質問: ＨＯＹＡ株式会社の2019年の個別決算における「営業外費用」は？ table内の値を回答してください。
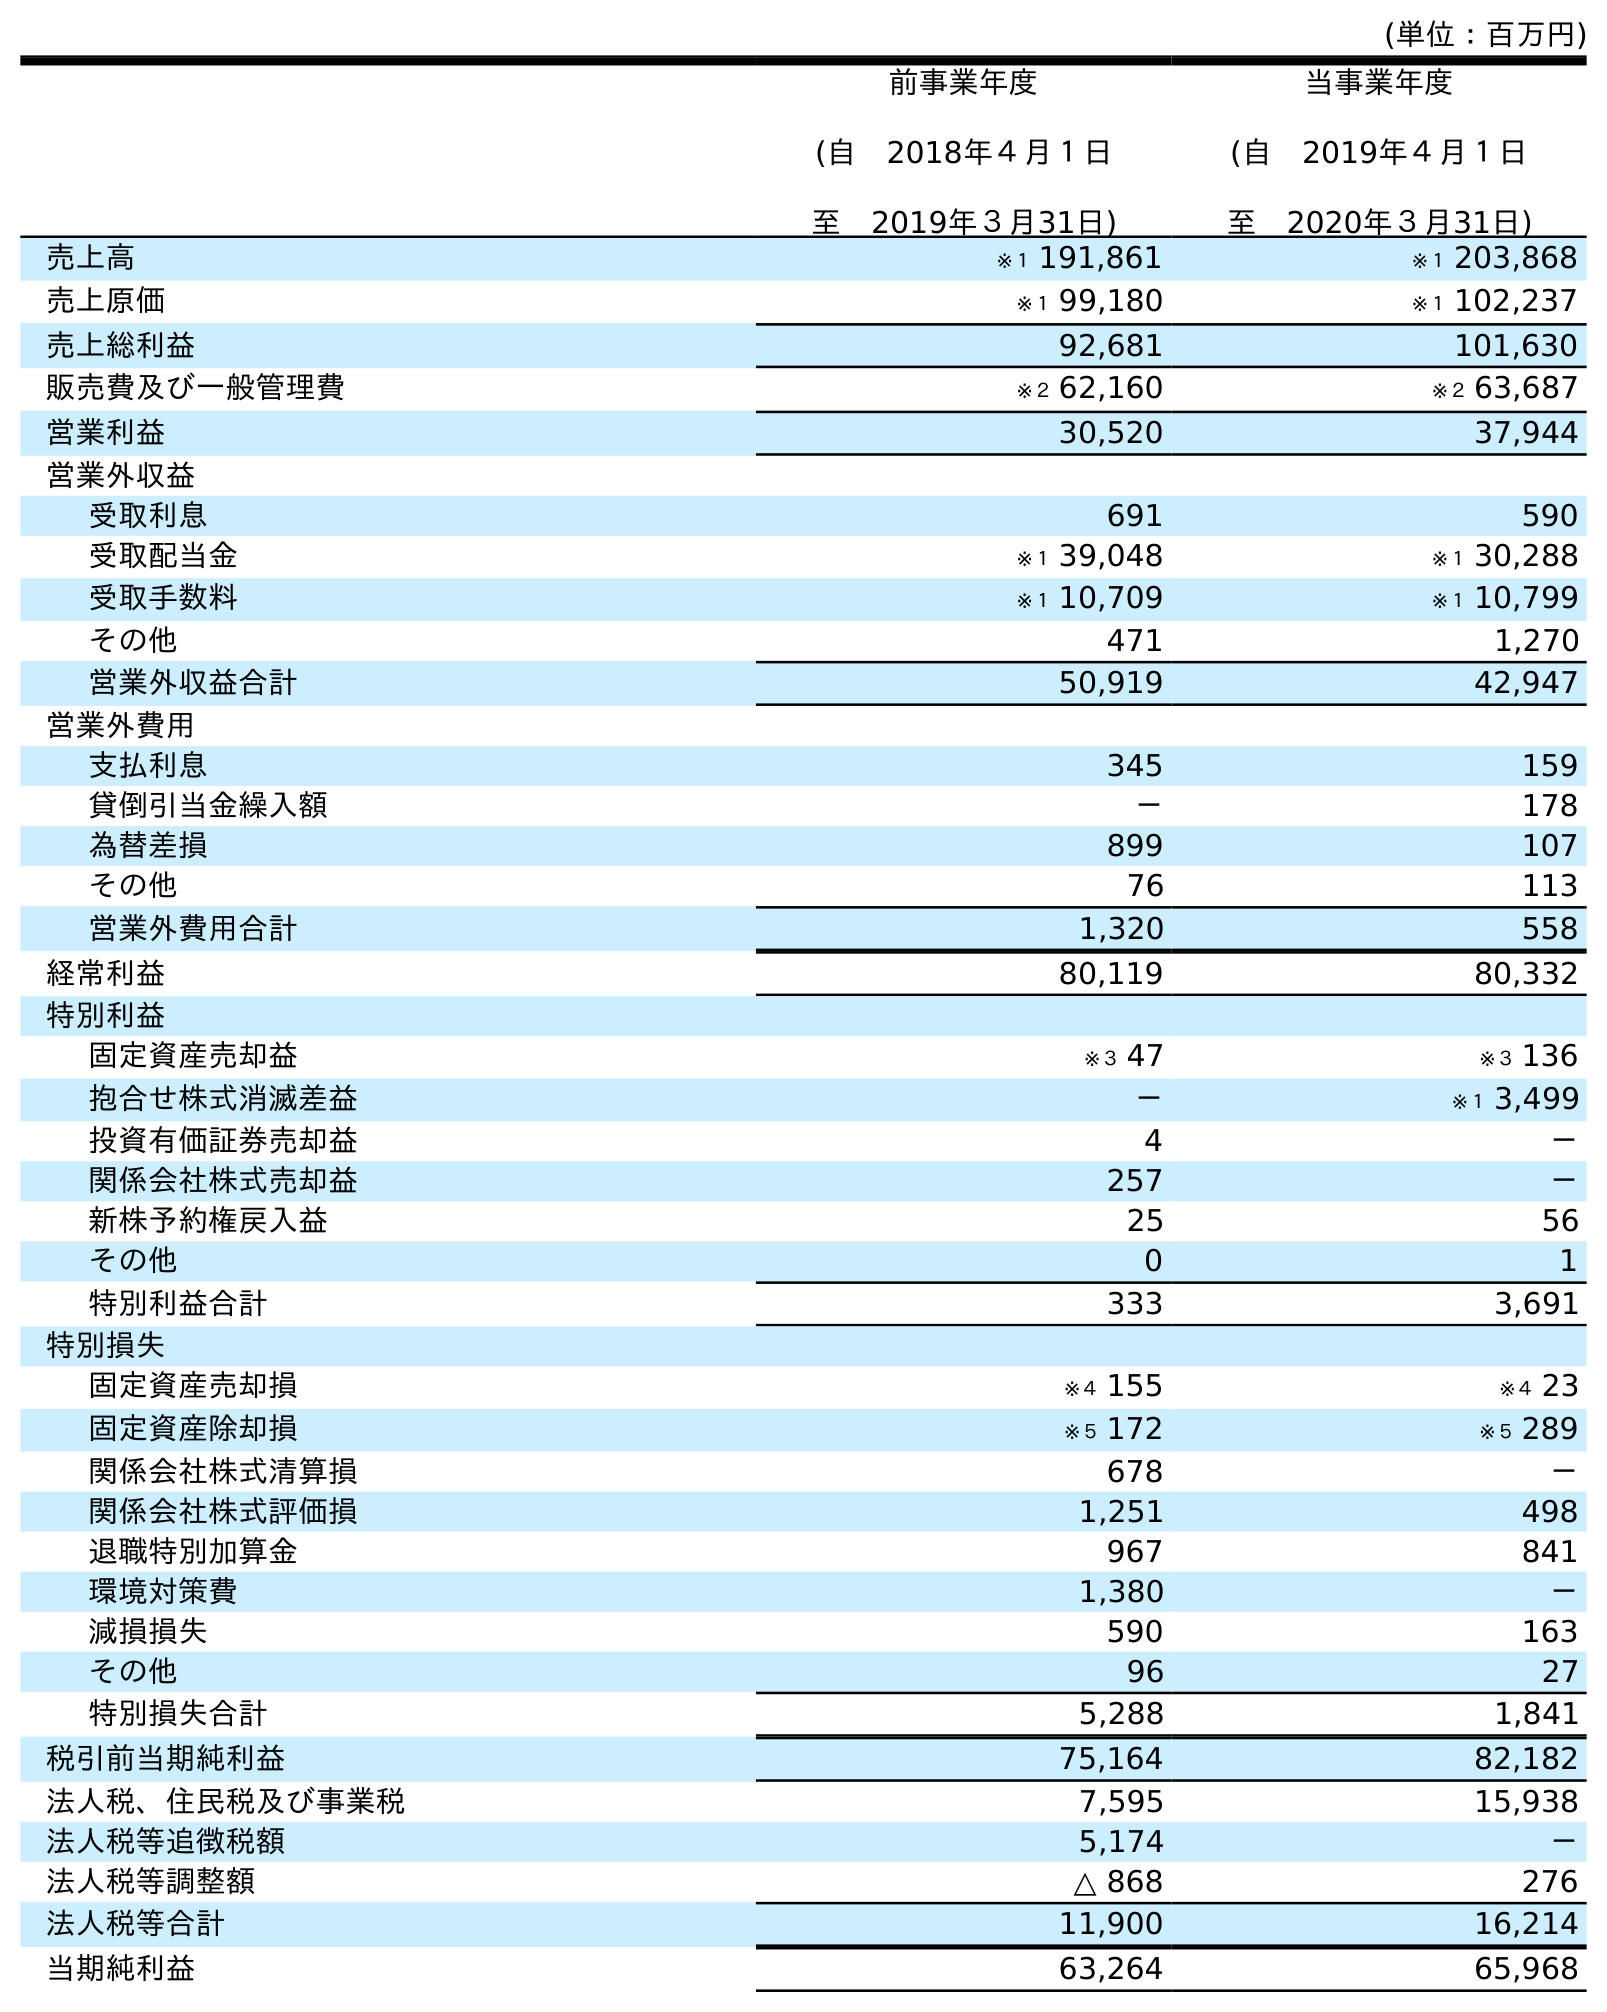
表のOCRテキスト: (単位：百万円) 前事業年度 (自 2018年４月１日 至 2019年３月31日) 当事業年度 (自 2019年４月１日 至 2020年３月31日) 売上高 ※１ 191,861 ※１ 203,868 売上原価 ※１ 99,180 ※１ 102,237 売上総利益 92,681 101,630 販売費及び一般管理費 ※２ 62,160 ※２ 63,687 営業利益 30,520 37,944 営業外収益 受取利息 691 590 受取配当金 ※１ 39,048 ※１ 30,288 受取手数料 ※１ 10,709 ※１ 10,799 その他 471 1,270 営業外収益合計 50,919 42,947 営業外費用 支払利息 345 159 貸倒引当金繰入額 － 178 為替差損 899 107 その他 76 113 営業外費用合計 1,320 558 経常利益 80,119 80,332 特別利益 固定資産売却益 ※３ 47 ※３ 136 抱合せ株式消滅差益 － ※１ 3,499 投資有価証券売却益 4 － 関係会社株式売却益 257 － 新株予約権戻入益 25 56 その他 0 1 特別利益合計 333 3,691 特別損失 固定資産売却損 ※４ 155 ※４ 23 固定資産除却損 ※５ 172 ※５ 289 関係会社株式清算損 678 － 関係会社株式評価損 1,251 498 退職特別加算金 967 841 環境対策費 1,380 － 減損損失 590 163 その他 96 27 特別損失合計 5,288 1,841 税引前当期純利益 75,164 82,182 法人税、住民税及び事業税 7,595 15,938 法人税等追徴税額 5,174 － 法人税等調整額 △ 868 276 法人税等合計 11,900 16,214 当期純利益 63,264 65,968
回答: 1,320